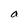
Character: a